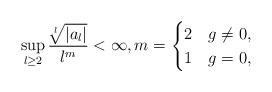
LaTeX: \begin{align*}\sup_{l\geq 2} \frac{\sqrt[l]{|a_l|}}{l^m} < \infty,m = \begin{cases}2 & g \neq 0,\\1 & g=0,\end{cases} \end{align*}